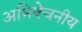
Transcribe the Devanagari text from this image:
अभिषेचनीय